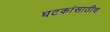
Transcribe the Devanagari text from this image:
घटकांसाठीच